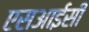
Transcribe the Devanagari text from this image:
एसआईसी